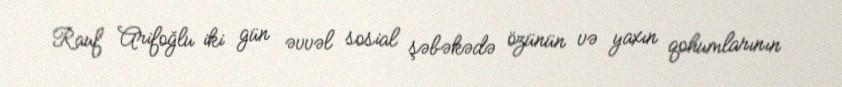
Rauf Arifoğlu iki gün əvvəl sosial şəbəkədə özünün və yaxın qohumlarının